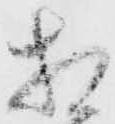
相